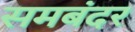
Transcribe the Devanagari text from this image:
समबंदर